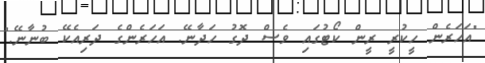
"އަހަރެން ހީކުރީ ރީން ކޯޓުގައި ވެސް ދޮގު ހަދާނޭ. އަހަރެންގެ ދަރިއެކޭ ބުނާނޭ."